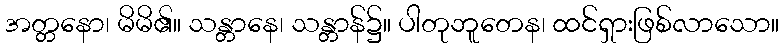
အတ္တနော၊ မိမိ၏။ သန္တာနေ၊ သန္တာန်၌။ ပါတုဘူတေန၊ ထင်ရှားဖြစ်လာသော။